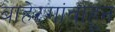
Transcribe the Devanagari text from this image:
बाहेरगांवाहून